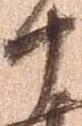
十